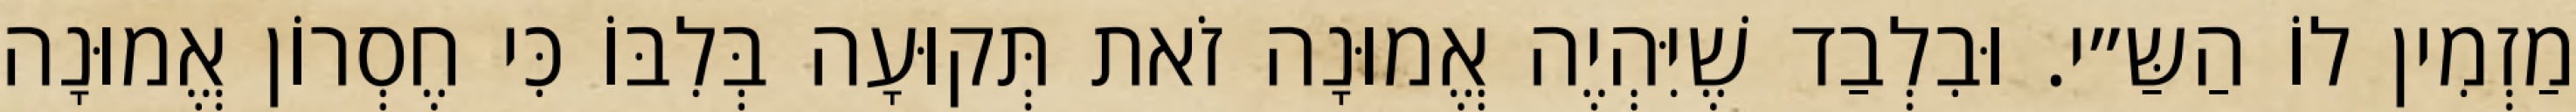
מַזְמִין לוֹ הַשַּ״י. וּבִלְבַד שֶׁיִּהְיֶה אֱמוּנָה זֹאת תְּקוּעָה בְּלִבּוֹ כִּי חֶסְרוֹן אֱמוּנָה